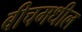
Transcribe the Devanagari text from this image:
बीचमधील